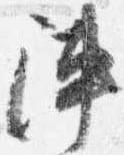
陣